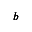
\pmb { b }